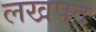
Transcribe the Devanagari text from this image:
लखपद